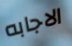
الاجابه